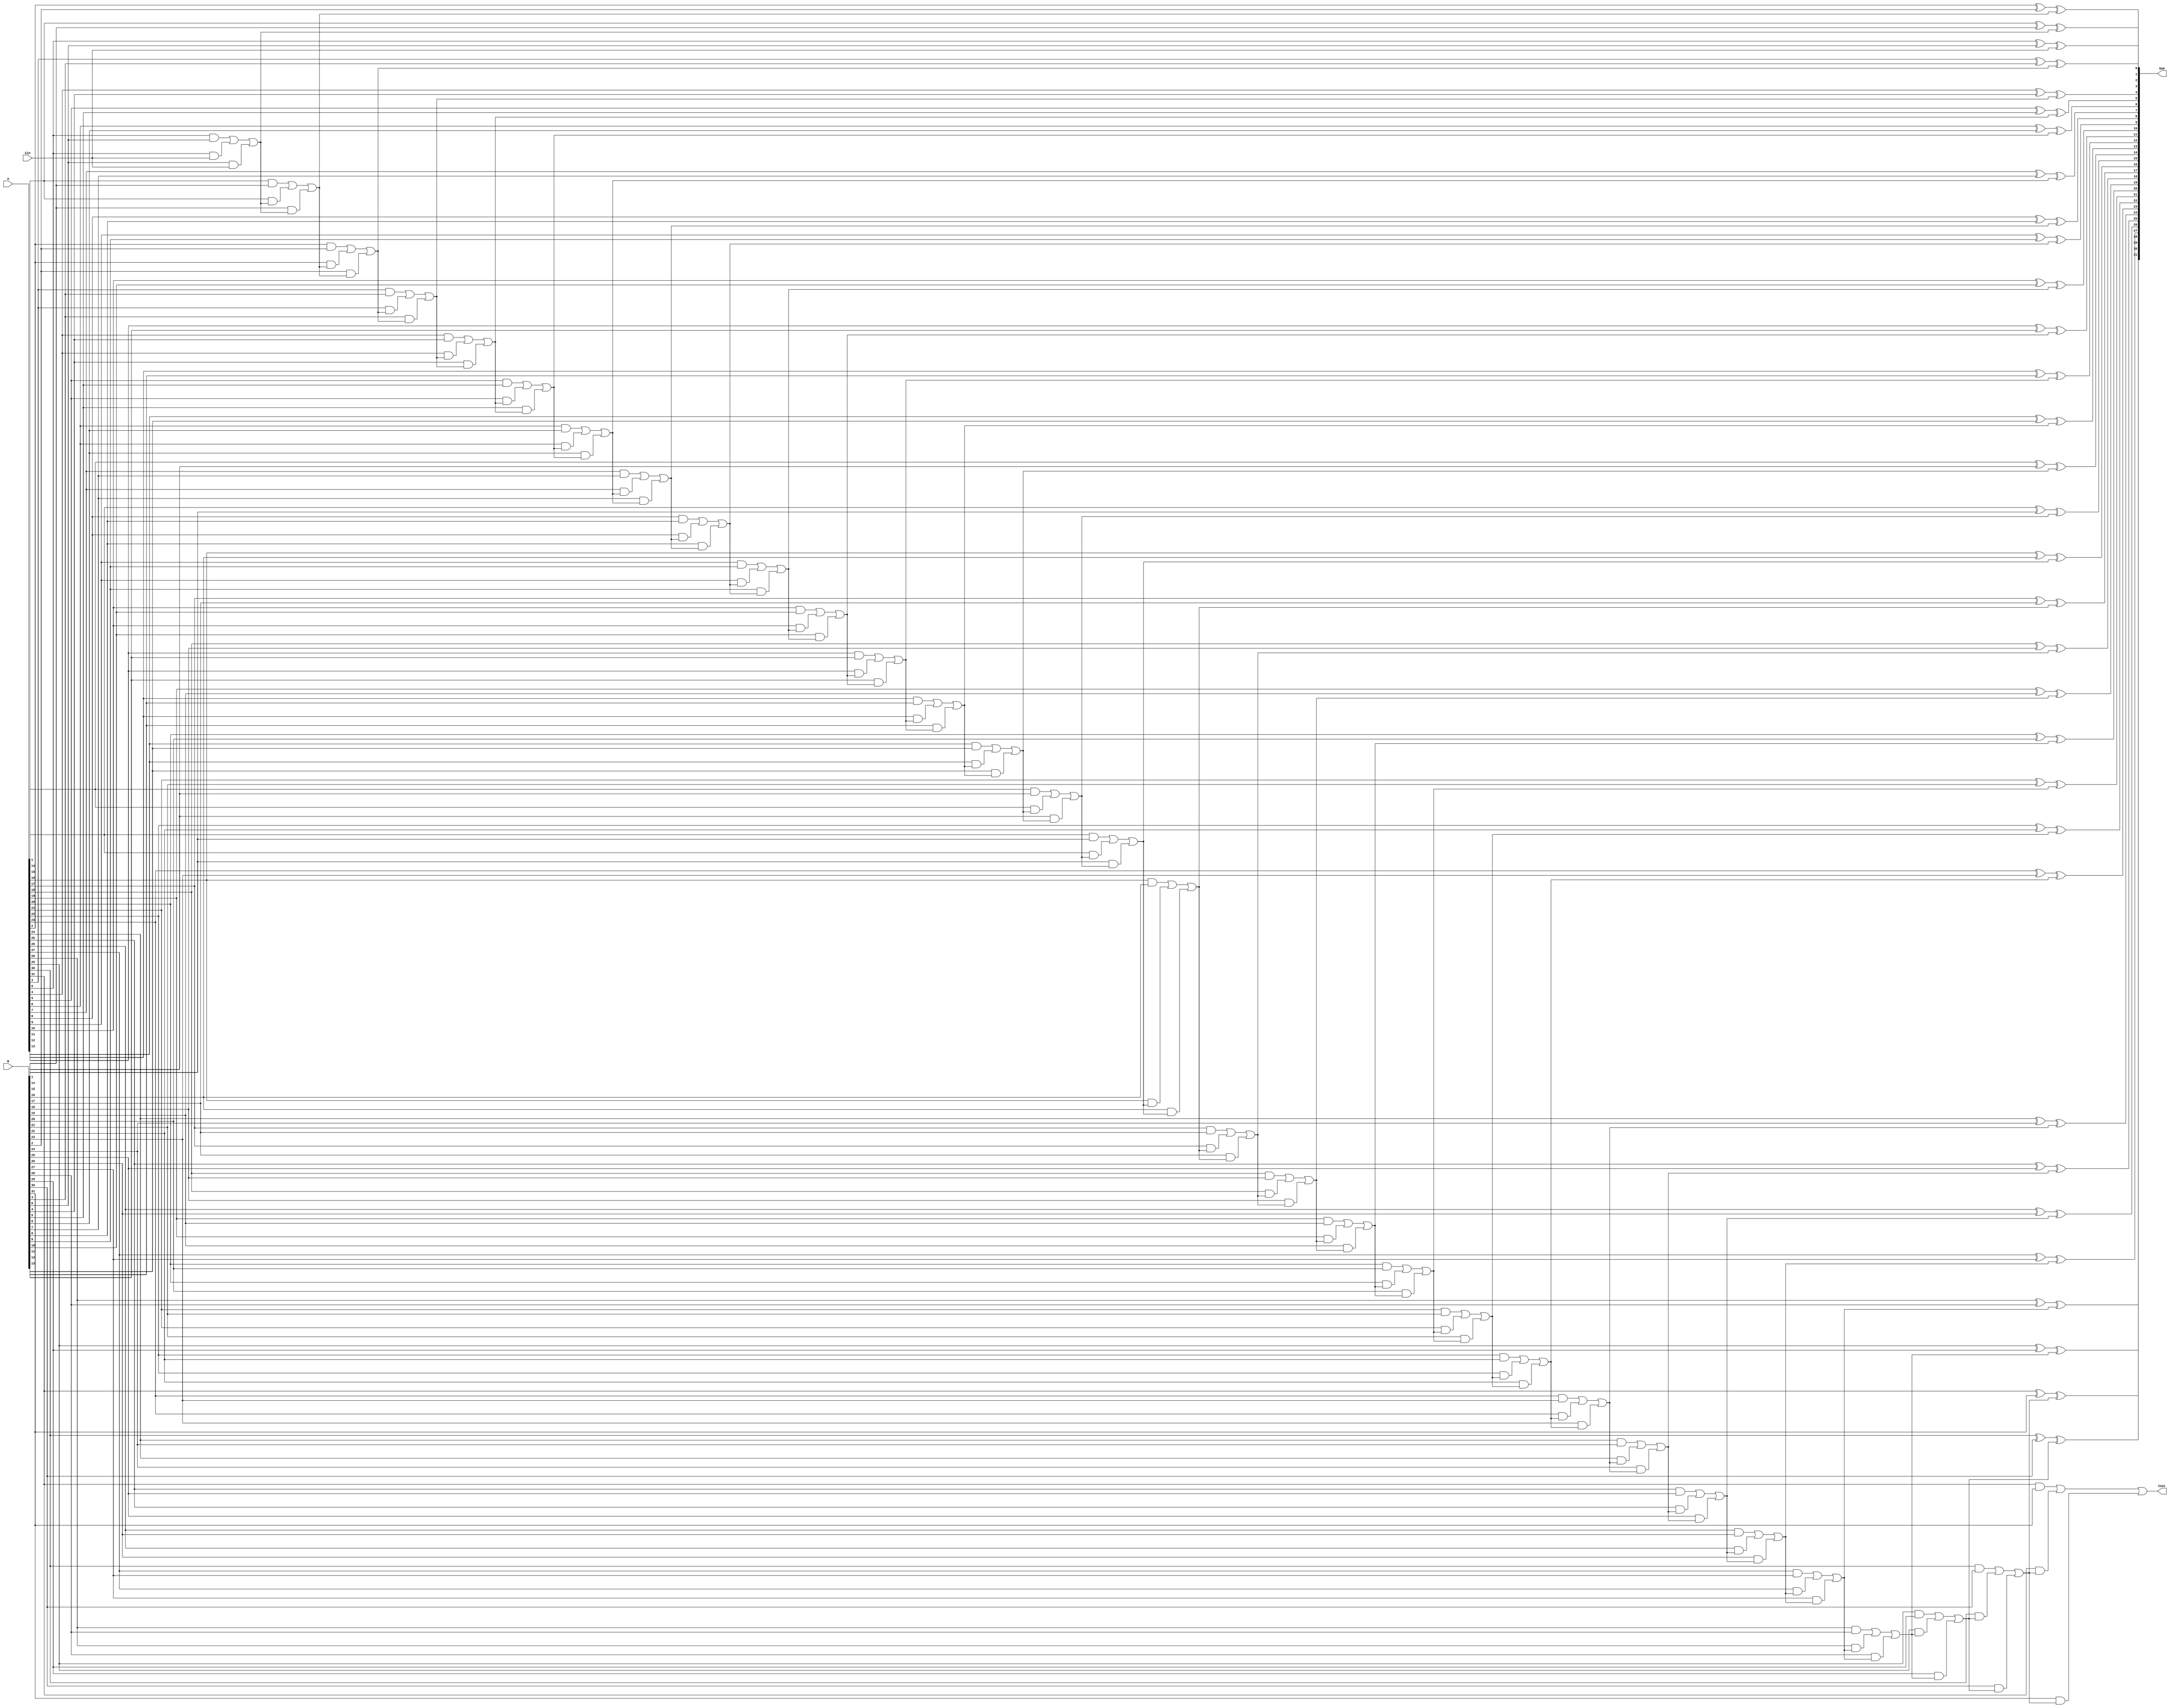
`timescale 1ns / 1ps
//////////////////////////////////////////////////////////////////////////////////
// Company: 
// Engineer: 
// 
// Design Name: 
// Module Name: adder
// Project Name: 
// Target Devices: 
// Tool Versions: 
// Description: 
// 
// Dependencies: 
// 
// Revision:
// Revision 0.01 - File Created
// Additional Comments:
// 
//////////////////////////////////////////////////////////////////////////////////


module adder(
    input [31:0] A,         // A
    input [31:0] B,         // B
    input Cin,              // 
    output [31:0] Sum,      // A+B
    output Cout             // 
);

wire [32:0] carry_out;              // 33
assign carry_out[0] = Cin;          // 

genvar i;           // i
generate
    for (i = 0; i < 32; i = i + 1) begin : adder_loop
        assign Sum[i] = A[i] ^ B[i] ^ carry_out[i];         // i
        assign carry_out[i+1] = (A[i] & B[i]) | (A[i] & carry_out[i]) | (B[i] & carry_out[i]);
    end                                                    // i
endgenerate

assign Cout = carry_out[32];     // 

endmodule